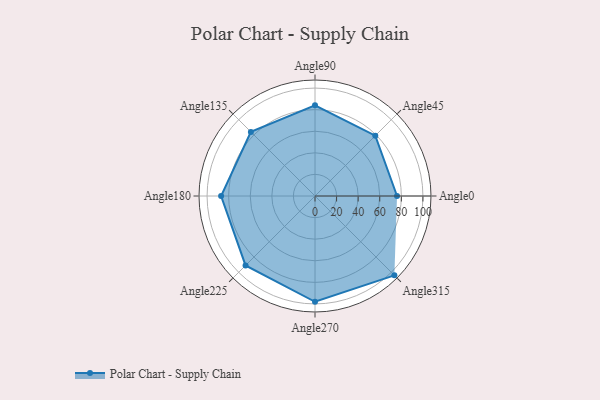
{"axis": {"x": "Angle", "y": "Radius"}, "legend": [""], "data": [{"x": "Angle0", "y": 76.0, "type": ""}, {"x": "Angle45", "y": 79.0, "type": ""}, {"x": "Angle90", "y": 84.0, "type": ""}, {"x": "Angle135", "y": 84.0, "type": ""}, {"x": "Angle180", "y": 87.0, "type": ""}, {"x": "Angle225", "y": 91.0, "type": ""}, {"x": "Angle270", "y": 98.0, "type": ""}, {"x": "Angle315", "y": 104.0, "type": ""}]}